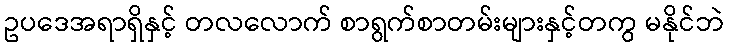
ဥပဒေအရာရှိနှင့် တလလောက် စာရွက်စာတမ်းများနှင့်တကွ မနိုင်ဘဲ